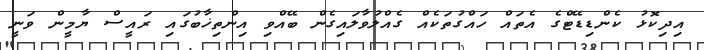
އިދިކޮޅު ކެންޑިޑޭޓްގެ އެތައް ހައްގުތަކެއް ގެއްލުވާލައިގެން ބޭއްވި އިންތިޚާބުގައި ރައީސް ޔާމީން ވަނީ